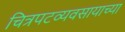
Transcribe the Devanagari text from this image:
चित्रपटव्यवसायाच्या